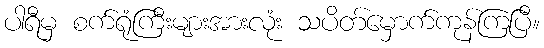
ပါရီမှ စက်ရုံကြီးများအားလုံး သပိတ်မှောက်ကုန်ကြပြီ။